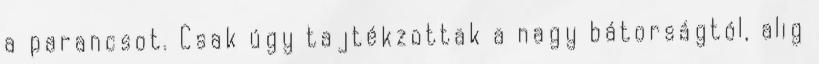
a parancsot. Csak úgy tajtékzottak a nagy bátorságtól, alig